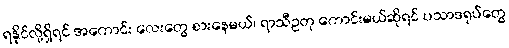
ရနိုင်လို့ရှိရင် အကောင်း လေးတွေ စားနေမယ်၊ ရာသီဥတု ကောင်းမယ်ဆိုရင် ပသာဒရုပ်တွေ